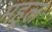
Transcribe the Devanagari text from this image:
महूल